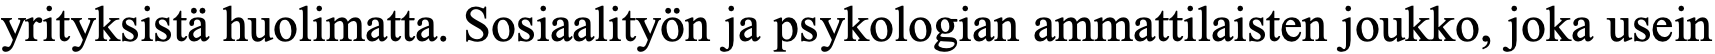
yrityksistä huolimatta. Sosiaalityön ja psykologian ammattilaisten joukko, joka usein